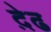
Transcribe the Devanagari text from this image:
द़ेढ